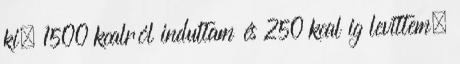
ki. 1500 kcalról indultam és 250 kcal ig levittem.